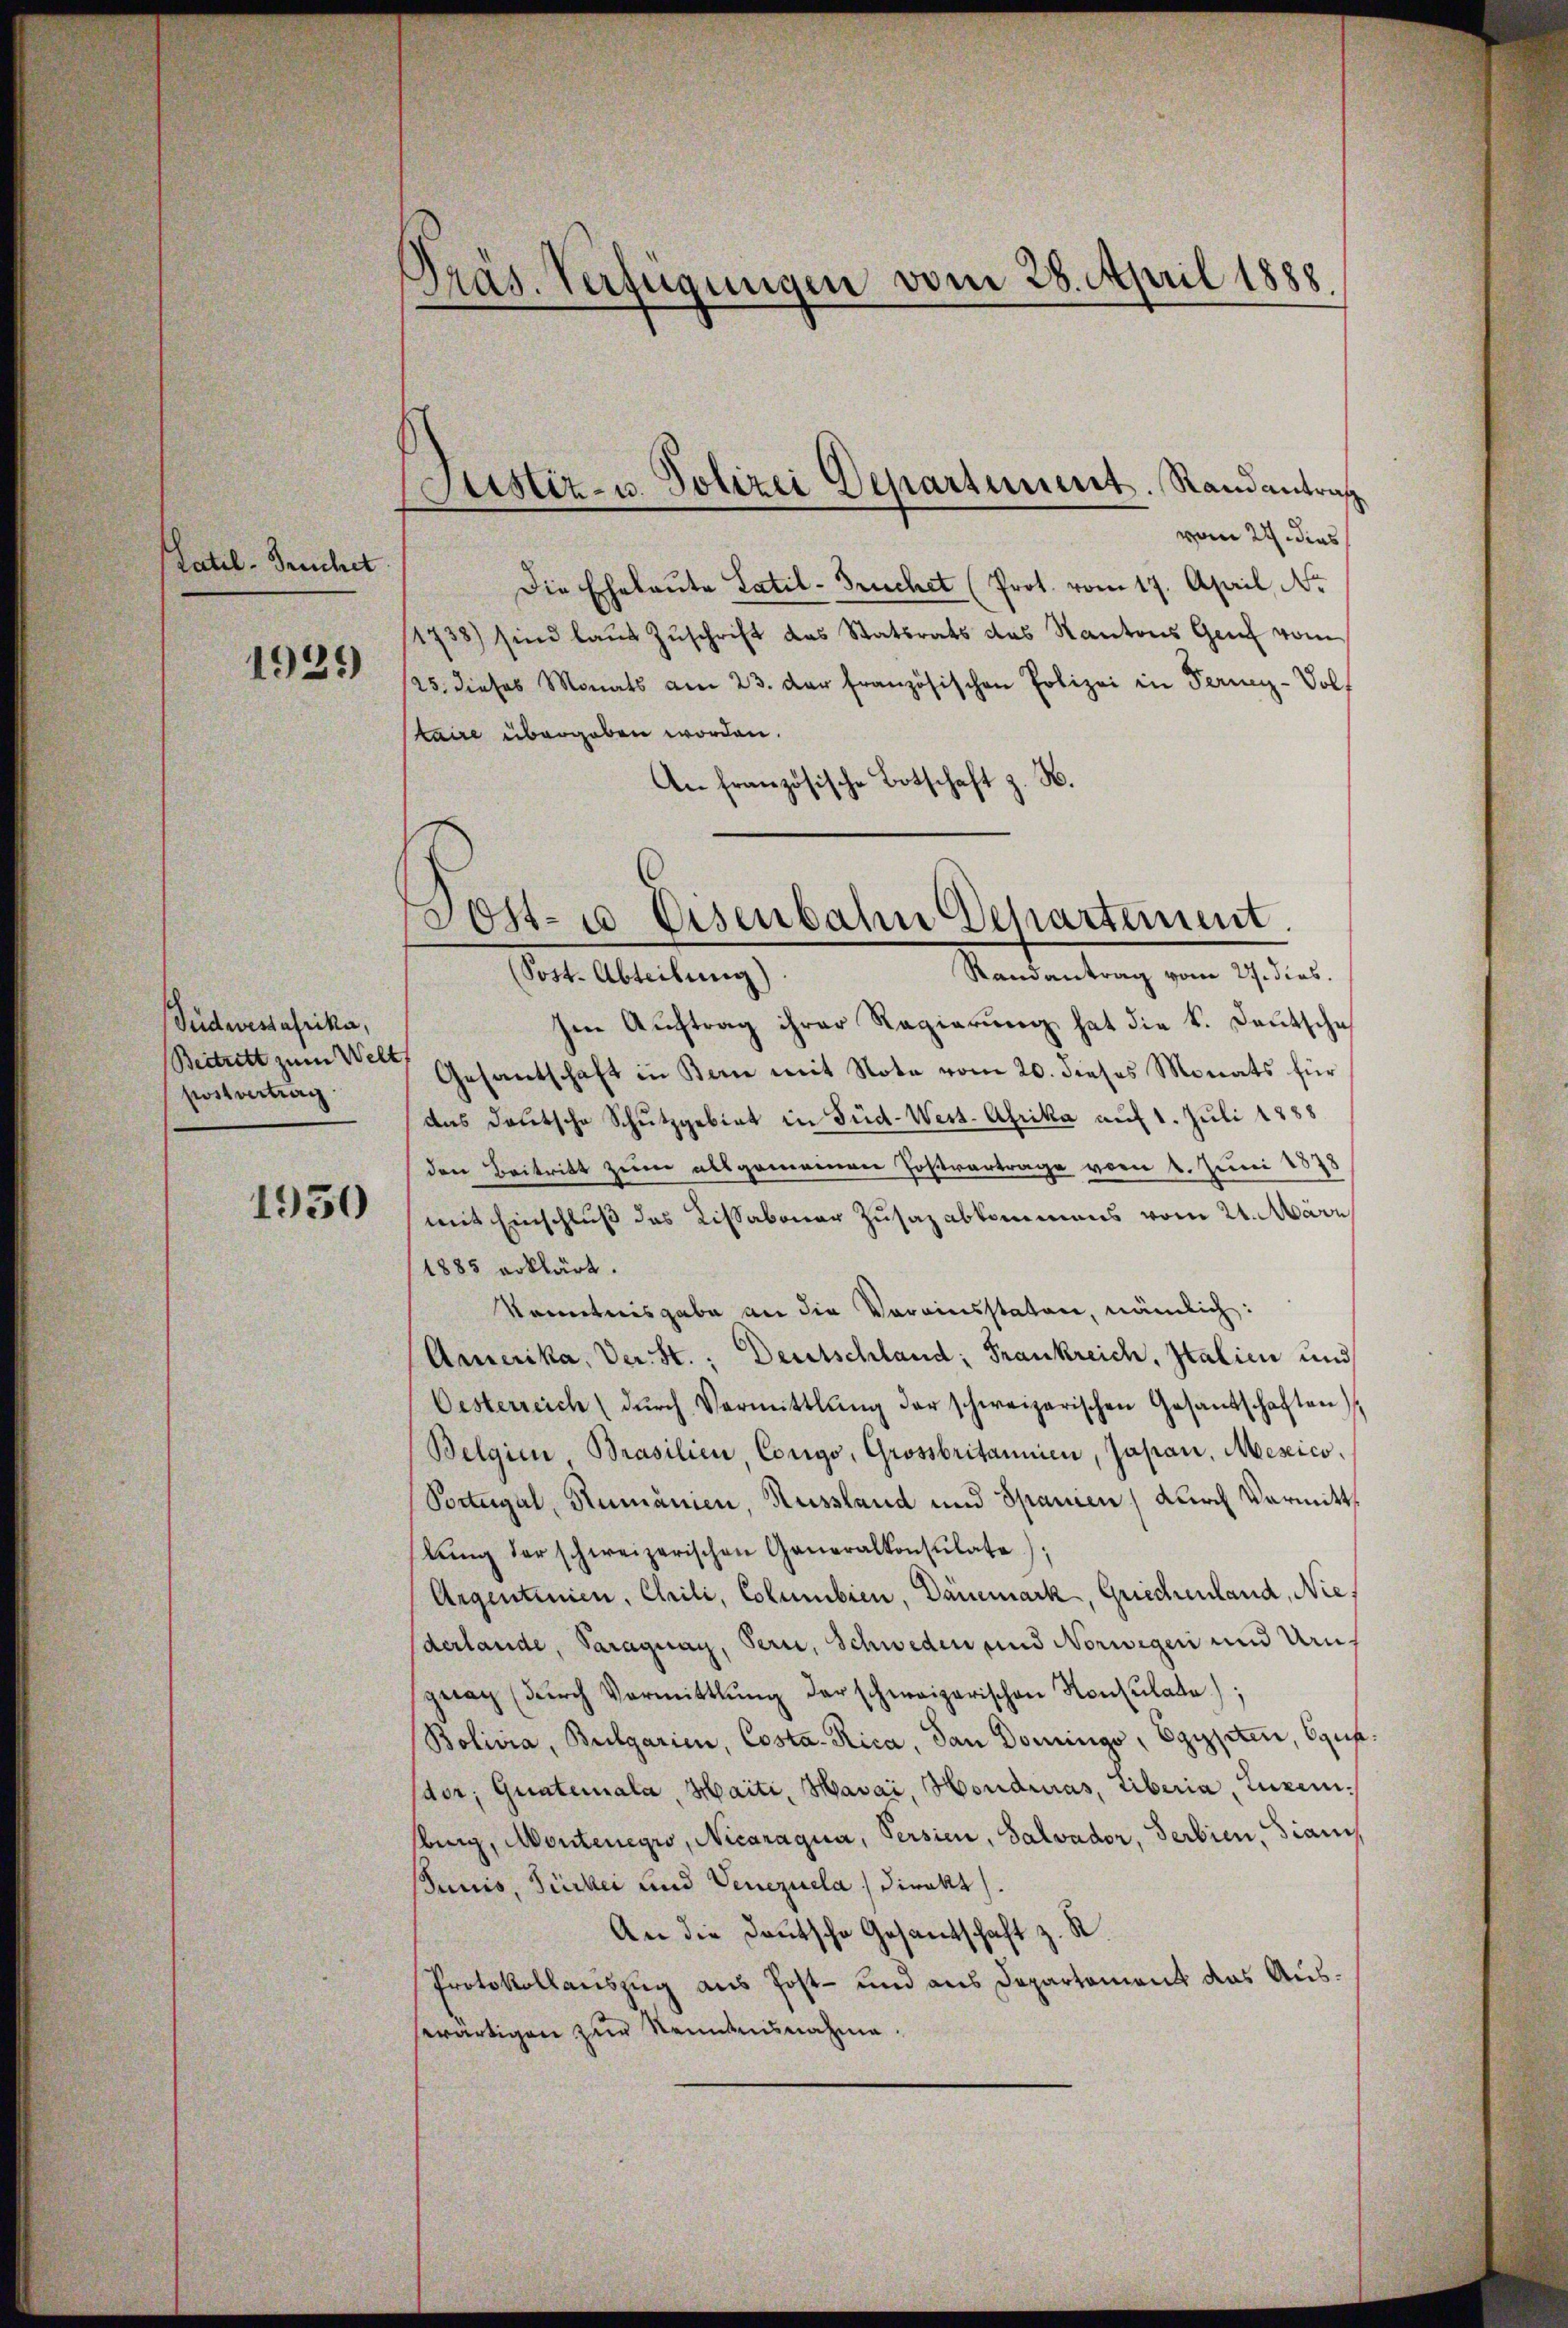
Tatil- Bruchet

1921)

Südwestafrika,
Beitritt zum Welt
postvertrag

1950

Pras. Verfügungen vom 28. April 1888.

vom 24. dies
Die Ehebaŭte Latil-Truchet (Prot. vom 17. April N.
1738) sind laŭt Zŭschrift das Statsrats das Kantons Genf vom
/25. dieses Monats am 23. der französischen Polizei in Ferney-Volt
(kaire übergeben worden.
An französische Botschaft z. H.
Sost- u Eisenbahn Departement.

Justiz- u. Polizei Departement. Randantrag

Randantrag vom 27. dies.
(Sost. Abteilung)
Ien Auftrag ihrer Regierung hat die k. Deutschaf
Gesantschaft in Kan mit Note vom 20. dieses Monats für
das deutsche Schutzgebiet in Süd-Weis-Afrika auf 1. Juli 1888
den Beitritt zum allgemeinen Postvertrage vom 1. Juni 1878
mit Einschluß das Kissaboner Zusazabkommens vom 24. März
1885 erklärt.
kenntnisgabe an die Voreinsstaten, nämlich:
Amerika, Der St.: Deutschland; Frankreich, Italien und
Oesterreich (dŭrch Vermittlung der schweizerischen Gesandschaften
Belgien, Brasilien, Corigo, Grossbritannien, Japan, Mescico,
Portugal, Rumänien, Russland und Spanien) durch Vermitt
lŭng der schweizerischen Generalkonsulate):
Argenteien, Chrili, Columbien, Dänemark, Griechenland, Niederlande, Paraguay, Seri, Schweden und Norwegen und Uruf
getag (dŭrch Vormittlung der schweizerischen Konsulate);
Bolivia, Bulgarien, Costa-Rica, dan Dominge, Egypten, Ogufdor, Guateinala, Haiti, Havai, Honduras, liberia, Luxenburg, Montenegio, Nicaragua, Persien, Salvador, Serbien, sianis
Junis, Fürkei und Venezuela) Direkt.
An die Deutsche Gesandtschaft z. S
Protokollauszug aus Post- und aus Departement das Auswärtigen zur Kenntnisnahme.